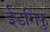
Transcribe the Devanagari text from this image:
ईडगिफु